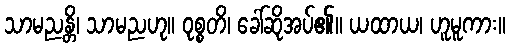
သာမညန္တိ၊ သာမညဟု။ ဝုစ္စတိ၊ ခေါ်ဆိုအပ်၏။ ယထာယ၊ ဟူမူကား။